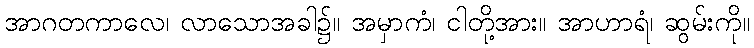
အာဂတကာလေ၊ လာသောအခါ၌။ အမှာကံ၊ ငါတို့အား။ အာဟာရံ၊ ဆွမ်းကို။